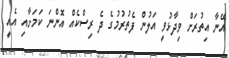
އޭނާ އިތުރަށް ވިދާޅުވީ އަލުން ފެތުރުމުގެ ދެ ރިސްކެއް އޮންނަ ކަމަށާއި އެއީ